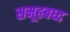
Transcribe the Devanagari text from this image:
समूहबध्द